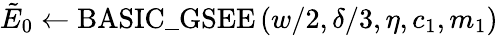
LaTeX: \tilde{E}_{0}\gets\mathrm{BASIC\_ GSEE}\left(w/2,\delta/3,\eta,c_{1},m_{1}\right)